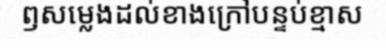
ឭសម្លេងដល់ខាងក្រៅបន្ទប់ខ្មាស